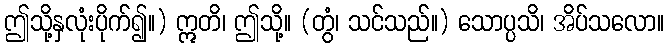
ဤသို့နှလုံးပိုက်၍။) ဣတိ၊ ဤသို့။ (တွံ၊ သင်သည်။) သောပ္ပသိ၊ အိပ်သလော။